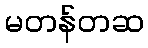
မတန်တဆ